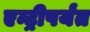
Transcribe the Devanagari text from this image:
एन्ट्रीपर्यंत